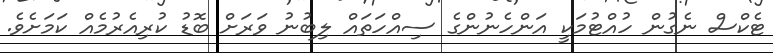
ޓެކްސް ނެގުން ހުއްޓުމަކީ އަންހެނުންގެ ސިއްހަތައް ލިބުނު ވަރަށް ބޮޑު ކުރިއެރުމެއް ކަމަށެވެ.